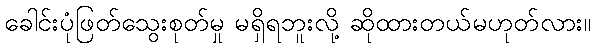
ခေါင်းပုံဖြတ်သွေးစုတ်မှု မရှိရဘူးလို့ ဆိုထားတယ်မဟုတ်လား။